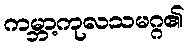
ကမ္ဘာ့ကုလသမဂ္ဂ၏